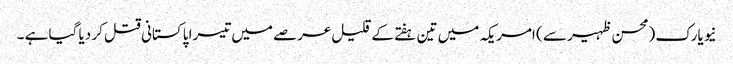
نیویارک (محسن ظہیر سے ) امریکہ میں تین ہفتے کے قلیل عرصے میں تیسرا پاکستانی قتل کر دیا گیا ہے ۔